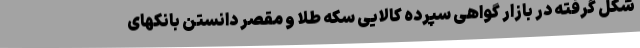
شکل گرفته در بازار گواهی سپرده کالایی سکه طلا و مقصر دانستن بانکهای